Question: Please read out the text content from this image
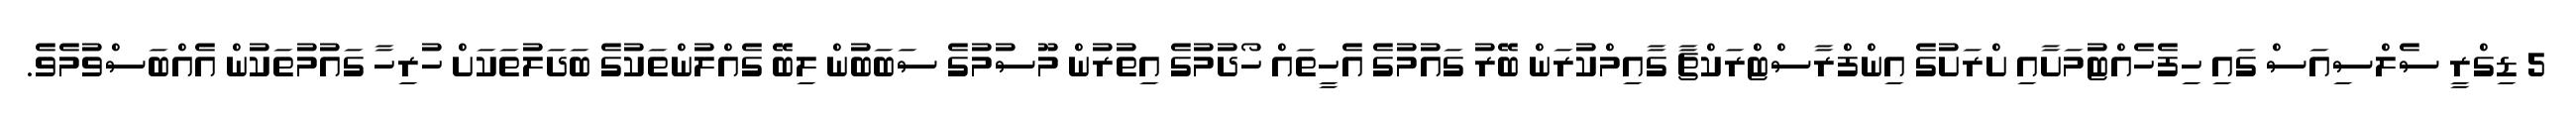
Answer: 5 ޑިގްރީ ސެލްސިއަސް ގައި ހިފެހެއްޓުމަށާއި ށްރަށުގެ އިންފްރާސްޓްރަކްޗާ ގާއިމްކުރަން ބޭރު ގައުމުގެ އެހީތައް ހޯދުމުގެ އިތުރުން މޫސުމުގެ ސަބަބުން ލިބޭ ގެއްލުންތަކުގެ ބަދަލުތަކަށް ހުރިހާ ގައުމުތަކުން އެއްބަސްވުމެވެ.